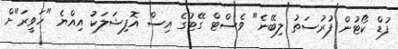
ފުޑް ކޯޓުން ފުރުސަތު ލިބޭނެ" ވެސްޓް ގޭޓުގެ އިސް އޮފިޝަލަކު އިއްޔެ "ހަވީރަ"ށް